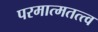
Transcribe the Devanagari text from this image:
परमात्मतत्त्व